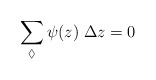
\begin{align*}\sum_{\lozenge}\psi(z)\;\Delta z = 0\end{align*}